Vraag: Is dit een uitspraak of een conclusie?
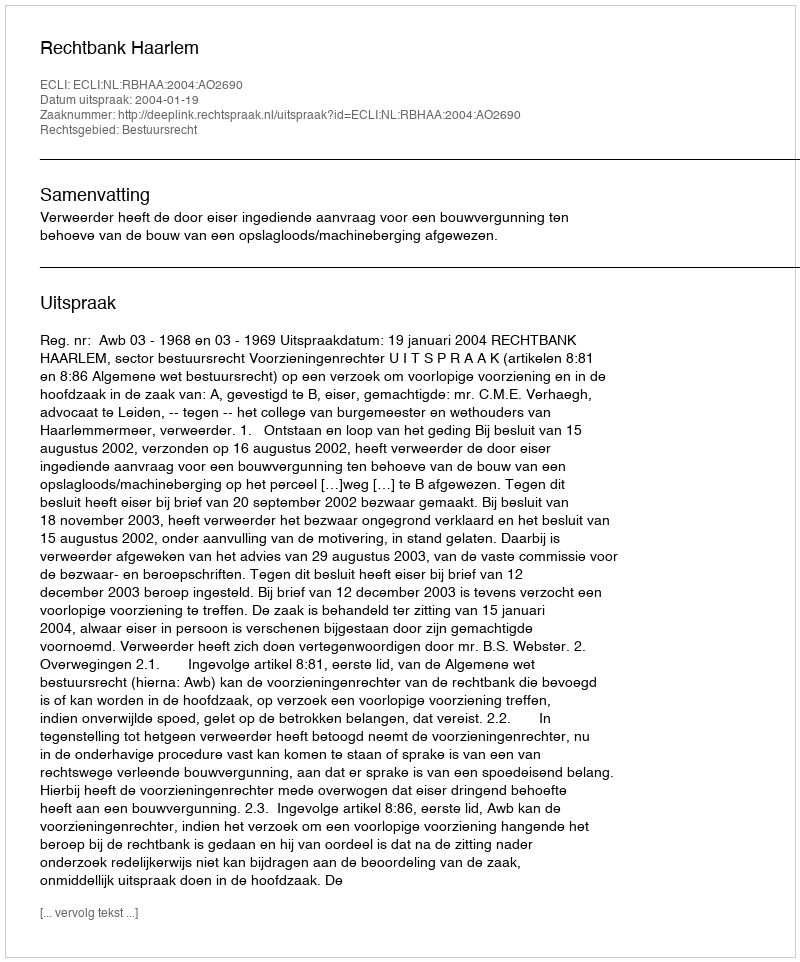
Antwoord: Uitspraak